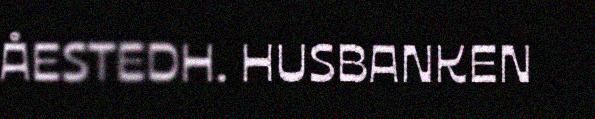
ÅESTEDH. HUSBANKEN